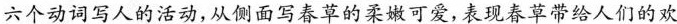
六个动词写人的活动,从侧面写春草柔嫩可爱,表现春草带给人们的欢